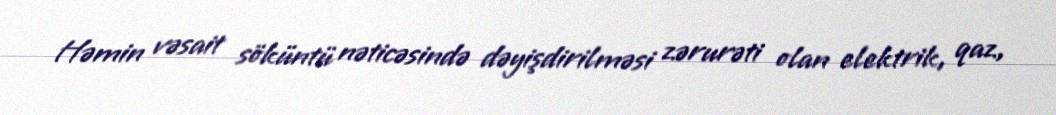
Həmin vəsait söküntü nəticəsində dəyişdirilməsi zərurəti olan elektrik, qaz,